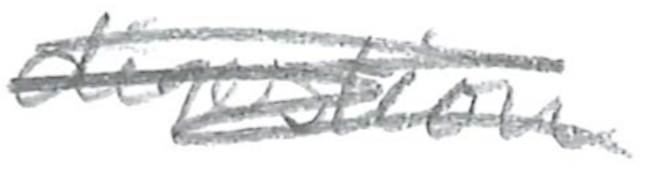
Text: digestion
Cross-out: mix
Writing tool: pencil